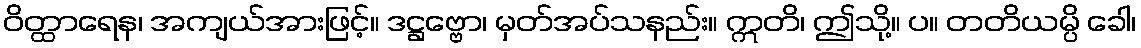
ဝိတ္ထာရေန၊ အကျယ်အားဖြင့်။ ဒဋ္ဌဗ္ဗော၊ မှတ်အပ်သနည်း။ ဣတိ၊ ဤသို့။ ပ။ တတိယမ္ပိ ခေါ၊